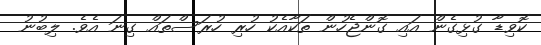
ކޮވިޑާ ގުޅިގެން އައި ގޮންޖެހުން ތަކާއެކު ހުރި ހުރަސްތައް ގިނަ އެވެ. ލިބުނު